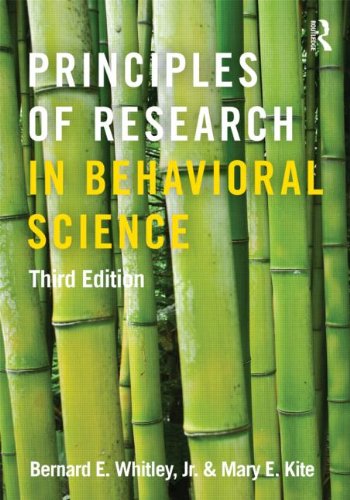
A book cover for Principles of Research in Behavioral Science: Third Edition; Bernard E. Whitley  Jr.; Medical Books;